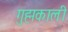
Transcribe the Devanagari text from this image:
गुह्मकाली